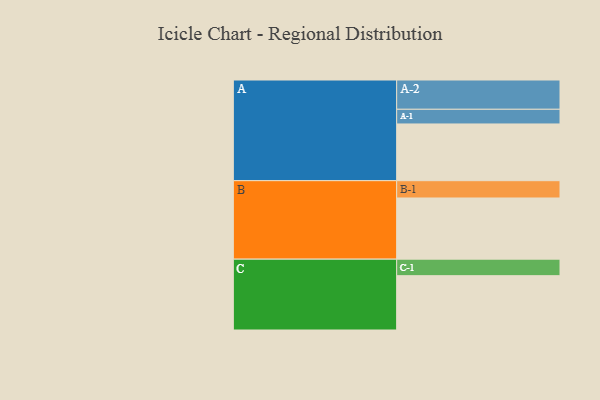
{"axis": {"x": "Segment", "y": "Value"}, "legend": ["", "A", "B", "C"], "data": [{"x": "A", "y": 498, "type": ""}, {"x": "B", "y": 537, "type": ""}, {"x": "C", "y": 477, "type": ""}, {"x": "A-1", "y": 129, "type": "A"}, {"x": "A-2", "y": 257, "type": "A"}, {"x": "B-1", "y": 152, "type": "B"}, {"x": "C-1", "y": 145, "type": "C"}]}